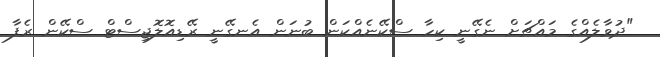
"ދުވާލެއްގެ މައްޗަށް ނެގޭނީ ކިހާ ސްކޭނެއްކަން ބުނަން އެނގޭނީ ރޭޑިއޮލޮޖިސްޓް ސްކޭން ރެފާ